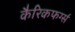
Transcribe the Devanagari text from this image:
कैरिकफर्ग्स